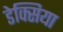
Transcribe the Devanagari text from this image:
डेक्सिया